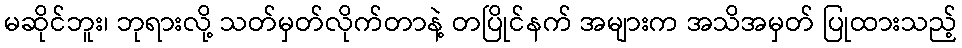
မဆိုင်ဘူး၊ ဘုရားလို့ သတ်မှတ်လိုက်တာနဲ့ တပြိုင်နက် အများက အသိအမှတ် ပြုထားသည့်